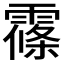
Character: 𲊅